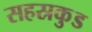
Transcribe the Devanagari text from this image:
सहस्रकुड